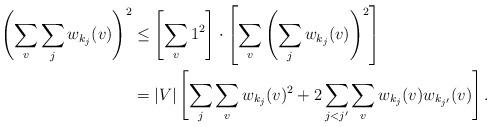
LaTeX: \begin{align*} \left(\sum_v \sum_j w_{k_j}(v)\right)^2 &\le \left[\sum_v 1^2\right]\cdot\left[\sum_v \left(\sum_j w_{k_j}(v)\right)^2\right] \\ &= |V|\left[\sum_j \sum_v w_{k_j}(v)^2+2\sum_{j < j'} \sum_v w_{k_j}(v)w_{k_{j'}}(v)\right].\end{align*}